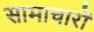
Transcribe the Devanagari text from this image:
सामाचारों